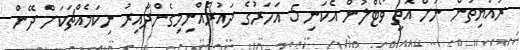
ރައްޔިތުން ނަށް އޮތީ ވޯޓްލުން އެކަނި 5 އަހަރުގެ ދައުރެއްނިމިގެންދާއިރު ނިކަމެއްޗަކަށް ދޭން